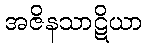
အဇိနသာဋိယာ